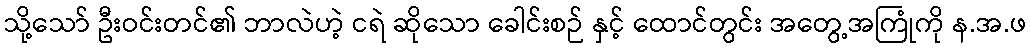
သို့သော် ဦးဝင်းတင်၏ ဘာလဲဟဲ့ ငရဲ ဆိုသော ခေါင်းစဉ် နှင့် ထောင်တွင်း အတွေ့အကြုံကို န.အ.ဖ